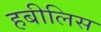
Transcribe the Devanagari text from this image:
हबीलिस